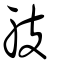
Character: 𨈛